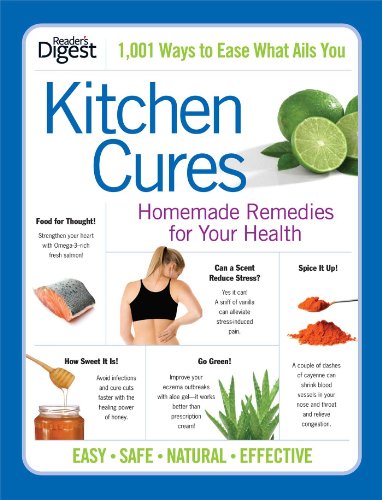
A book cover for Kitchen Cures: Homemade Remedies for Your Health; Editors of Reader's Digest; Health, Fitness & Dieting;